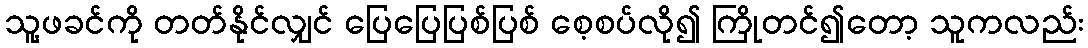
သူ့ဖခင်ကို တတ်နိုင်လျှင် ပြေပြေပြစ်ပြစ် စေ့စပ်လို၍ ကြိုတင်၍တော့ သူကလည်း